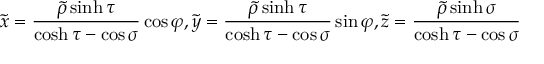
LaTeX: \tilde { x } = \frac { \widetilde { \rho } \sinh \tau } { \cosh \tau - \cos \sigma } \cos \varphi , \tilde { y } = \frac { \widetilde { \rho } \sinh \tau } { \cosh \tau - \cos \sigma } \sin \varphi , \tilde { z } = \frac { \widetilde { \rho } \sinh \sigma } { \cosh \tau - \cos \sigma }